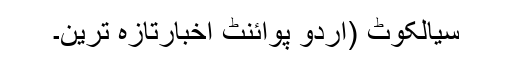
سیالکوٹ (اُردو پوائنٹ اخبارتازہ ترین۔